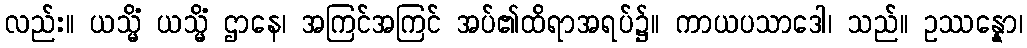
လည်း။ ယသ္မိံ ယသ္မိံ ဌာနေ၊ အကြင်အကြင် အပ်၏ထိရာအရပ်၌။ ကာယပသာဒေါ၊ သည်။ ဥဿန္နော၊